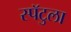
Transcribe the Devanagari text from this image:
स्पॅटुला